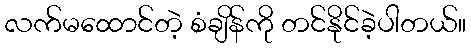
လက်မထောင်တဲ့ စံချိန်ကို တင်နိုင်ခဲ့ပါတယ်။